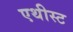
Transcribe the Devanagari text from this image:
एथीस्ट